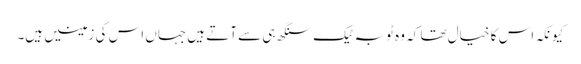
کیونکہ اس کا خیال تھا کہ وہ ٹوبہ ٹیک سنگھ ہی سے آتے ہیں جہاں اس کی زمینیں ہیں۔